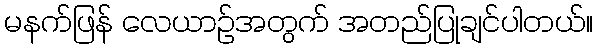
မနက်ဖြန် လေယာဉ်အတွက် အတည်ပြုချင်ပါတယ်။